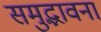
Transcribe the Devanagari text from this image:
समुद्भावना